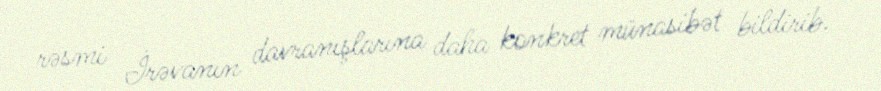
rəsmi İrəvanın davranışlarına daha konkret münasibət bildirib.